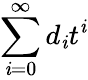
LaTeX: \sum_{\mathit{i}=0}^{\infty}d_{\mathit{i}}t^{\mathit{i}}